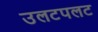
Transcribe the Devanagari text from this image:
उलटपलट